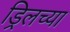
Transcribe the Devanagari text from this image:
ड्रिलच्या